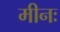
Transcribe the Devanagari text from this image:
मीनः